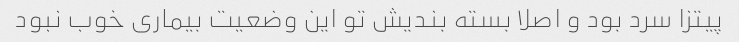
پیتزا سرد بود و اصلا بسته بندیش تو این وضعیت بیماری خوب نبود